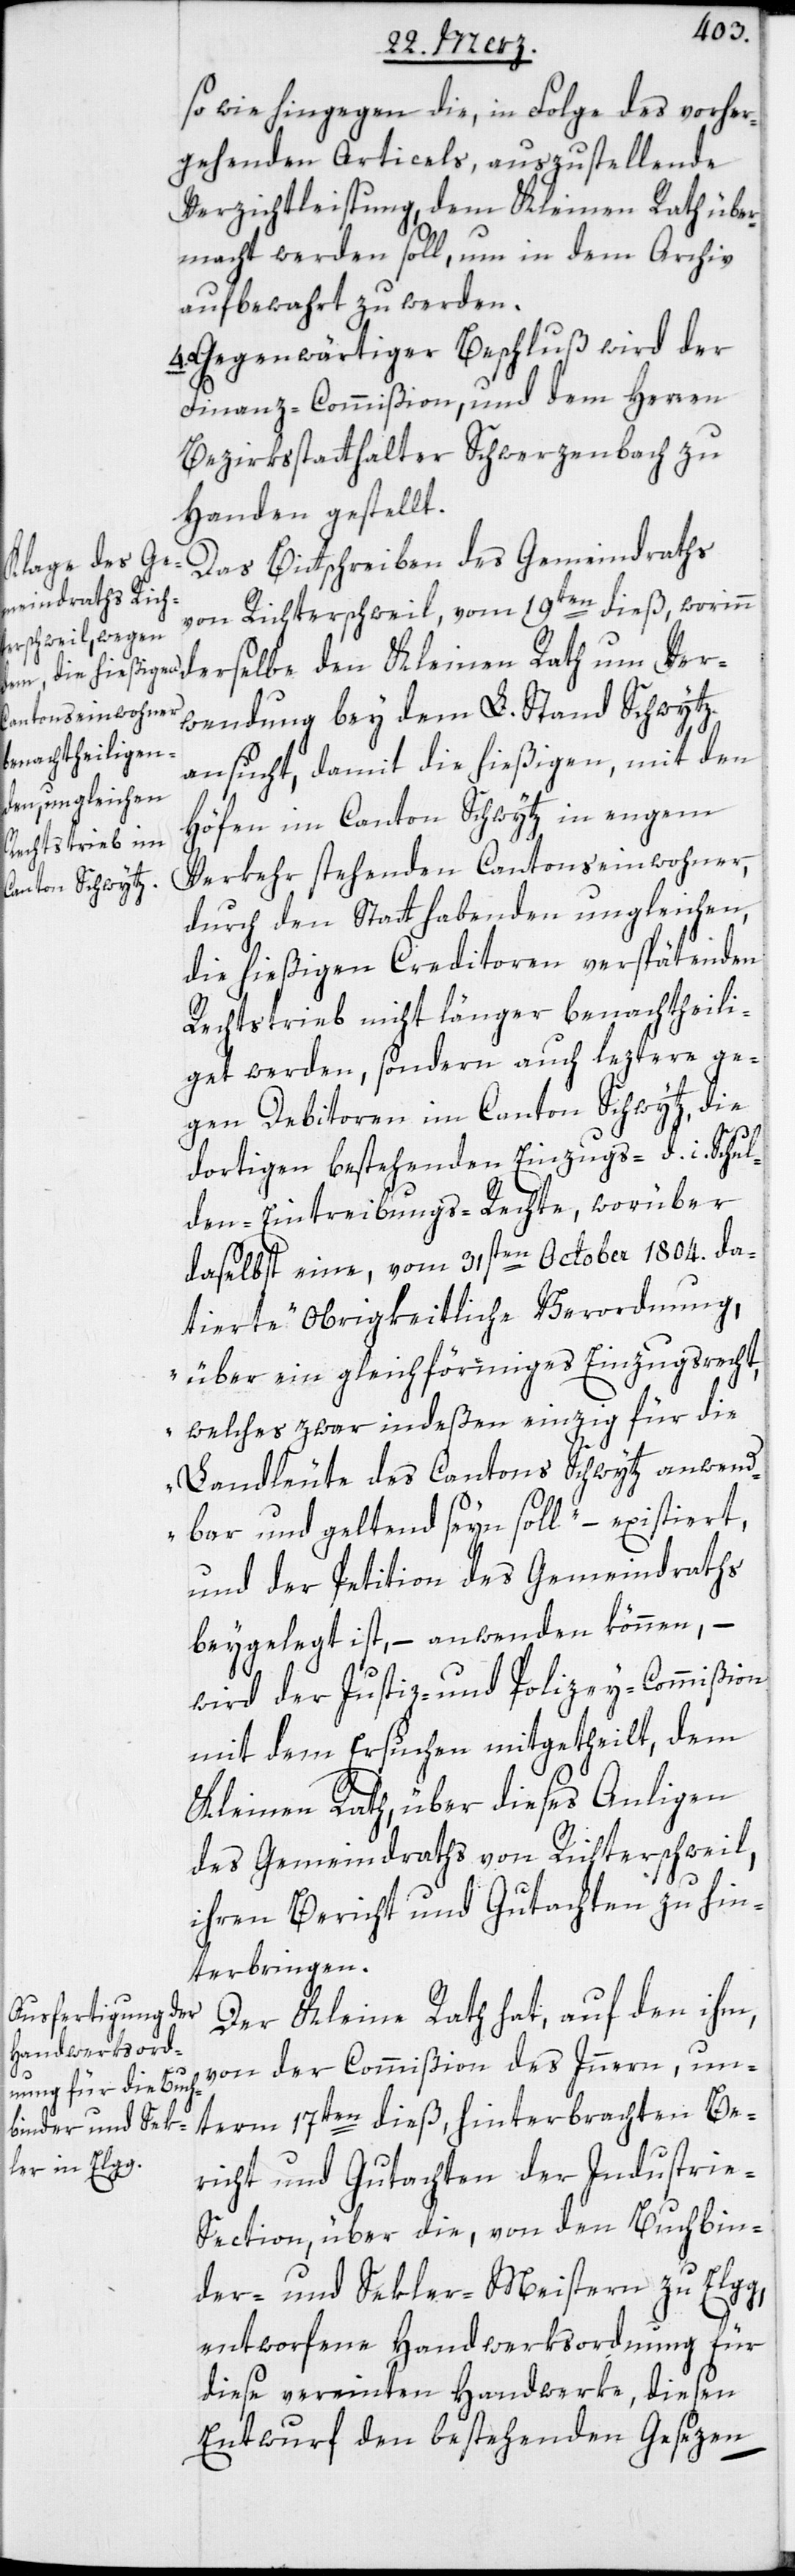
sowie hingegen die, in Folge des vorher¬
gehenden Articels, auszustellende
Verzichtleistung dem Kleinen Rath über¬
macht werden soll, um in dem Archiv
aufbewahrt zu werden.
Gegenwärtiger Beschluß wird der
Finanz-Commißion, und dem Herren
Bezirksstatthalter Schwerzenbach zu
Handen gestellt.
Das Bittschreiben des Gemeindraths
von Richterschweil, vom 19ten dieß, worinn
derselbe den Kleinen Rath um Ver¬
wendung bey dem L. Stand Schwytz
ansucht, damit die hießigen, mit den
Höfen im Canton Schwytz in engem
Verkehr stehenden Cantonseinwohner,
durch den Statt habenden ungleichen,
die hießigen Creditoren verspätenden
Rechtstrieb nicht länger benachtheili¬
get werden, sondern auch leztere ge¬
gen Debitoren im Canton Schwytz, die
dortigen bestehenden Einzugs- d. i. Schul¬
den-Eintreibungs-Rechte, worüber
daselbst eine, vom 31sten October 1804. da¬
tierte „obrigkeitliche Verordnung,
über ein gleichförmiges Einzugsrecht,
welches zwar indeßen einzig für die
Landleute des Cantons Schwytz anwend¬
bar und geltend seyn soll“ – existiert,
und der Petition des Gemeindraths
beygelegt ist, – anwenden können, –
wird der Justiz- und Polizey-Commißion
mit dem Ersuchen mitgetheilt, dem
Kleinen Rath über dieses Anliegen
des Gemeindraths von Richterschweil,
ihren Bericht und Gutachten zu hin¬
terbringen.
Der Kleine Rath hat, auf den ihm,
von der Commißion des Inneren, un¬
4.
term 17ten dieß, hinterbrachten Be¬
richt und Gutachten der Industri¬
e-Section, über die, von den Buchbin¬
der- und Sekler-Meistern zu Elgg,
entworfene Handwerksordnung für
diese vereinten Handwerke, diesen
Entwurf den bestehenden Gesezen